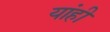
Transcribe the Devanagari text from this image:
यांही